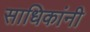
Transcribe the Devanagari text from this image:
साधिकांनी